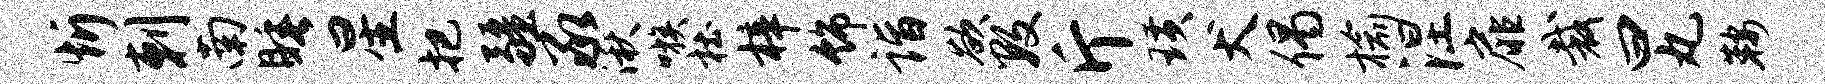
忻剌南睡星把疆承湫嗾杜梓饰诣欲数斤璜犬偈榆涅扉裁曰丸鞍